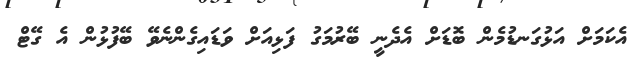
އެކަމަށް އަޅުގަނޑުމެން ބޮޑަށް އެދެނީ ބޭރުމަގު ފަޅިއަށް ވަޑައިގެންނެވޭ ބޭފުޅުން އެ ގޭޓް